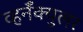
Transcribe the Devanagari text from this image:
व्हर्नॅक्युलर